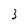
Character: 3